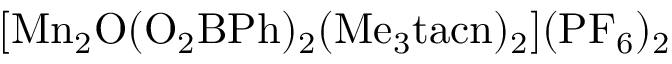
\mathrm { \small { [ M n _ { 2 } O ( O _ { 2 } B P h ) _ { 2 } ( M e _ { 3 } t a c n ) _ { 2 } ] ( P F _ { 6 } ) _ { 2 } } }